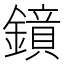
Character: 𮣊